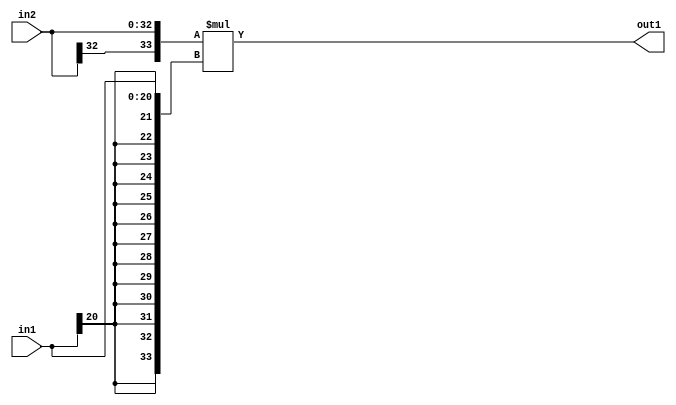
`timescale 1ps / 1ps
/*****************************************************************************
    Verilog RTL Description
    
    
    Created by: Stratus DpOpt 21.05.01 
*******************************************************************************/

module SobelFilter_Mul_33Sx21S_34S_1 (
	in2,
	in1,
	out1
	); /* architecture "behavioural" */ 
input [32:0] in2;
input [20:0] in1;
output [33:0] out1;
wire [33:0] asc001;

assign asc001 = 
	+({in2[32], in2} * {{13{in1[20]}}, in1});

assign out1 = asc001;
endmodule

/* CADENCE  ubTxSA0= : u9/ySxbfrwZIxEzHVQQV8Q== ** DO NOT EDIT THIS LINE ******/